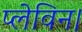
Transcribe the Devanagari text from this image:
प्लेविन।